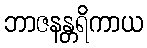
ဘာဇနန္တရိကာယ